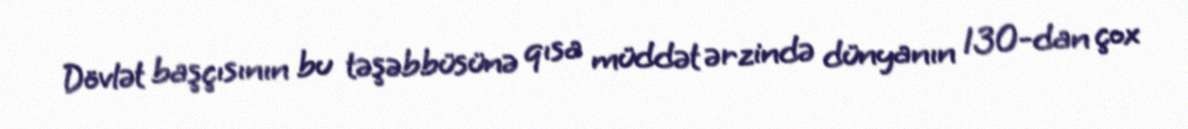
Dövlət başçısının bu təşəbbüsünə qısa müddət ərzində dünyanın 130-dan çox